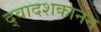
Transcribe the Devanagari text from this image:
द्वादशकानन